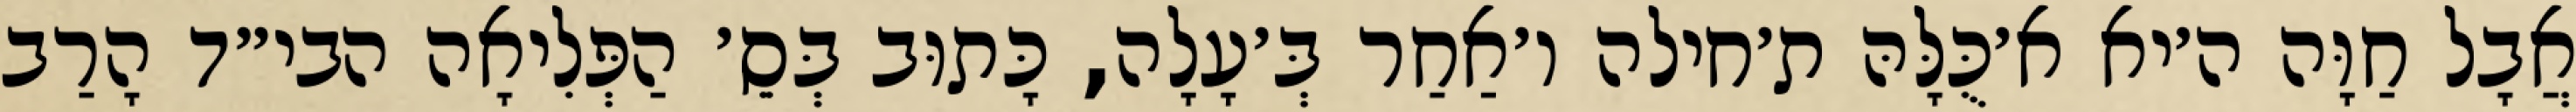
אֲבָל חַוָּה ה׳יא א׳כֻּלָּהּ ת׳חילה ו׳אַחַר בְּ׳עָלָה, כָּתוּב בְּסֵ׳ הַפְּלִיאָה הבי״ד הָרַב